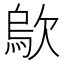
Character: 歍